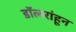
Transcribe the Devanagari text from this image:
डॉलरांहून